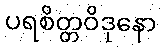
ပရစိတ္တဝိဒုနော